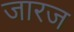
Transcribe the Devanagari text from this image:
जारज